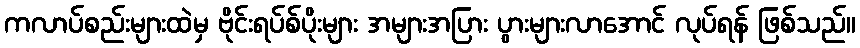
ကလာပ်စည်းများထဲမှ ဗိုင်းရပ်စ်ပိုးများ အများအပြား ပွားများလာအောင် လုပ်ရန် ဖြစ်သည်။